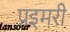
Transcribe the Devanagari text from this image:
प्रइमरी